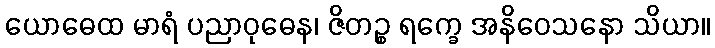
ယောဓေထ မာရံ ပညာဝုဓေန၊ ဇိတဉ္စ ရက္ခေ အနိဝေသနော သိယာ။